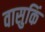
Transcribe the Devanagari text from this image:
वासुकिं